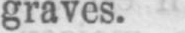
graves.